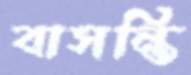
বাসন্তি